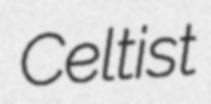
Celtist